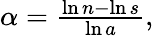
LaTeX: \begin{array}{r}{\alpha=\frac{\ln n-\ln s}{\ln a},}\end{array}